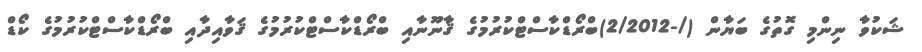
ޝަކުވާ ނިންމި ގޮތުގެ ބަޔާން (/-2/2012)ބްރޯޑްކާސްޓްކުރުމުގެ ޤާނޫނާއި ބްރޯޑްކާސްޓްކުރުމުގެ ޤަވާއިދާއި ބްރޯޑްކާސްޓްކުރުމުގެ ކޯޑް